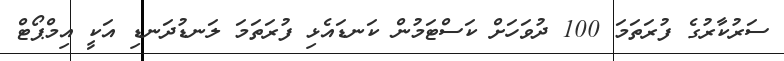
ސަރުކާރުގެ ފުރަތަމަ 100 ދުވަހަށް ކަސްޓަމުން ކަނޑައެޅި ފުރަތަމަ ލަނޑުދަނޑި އަކީ އިމްޕޯޓް